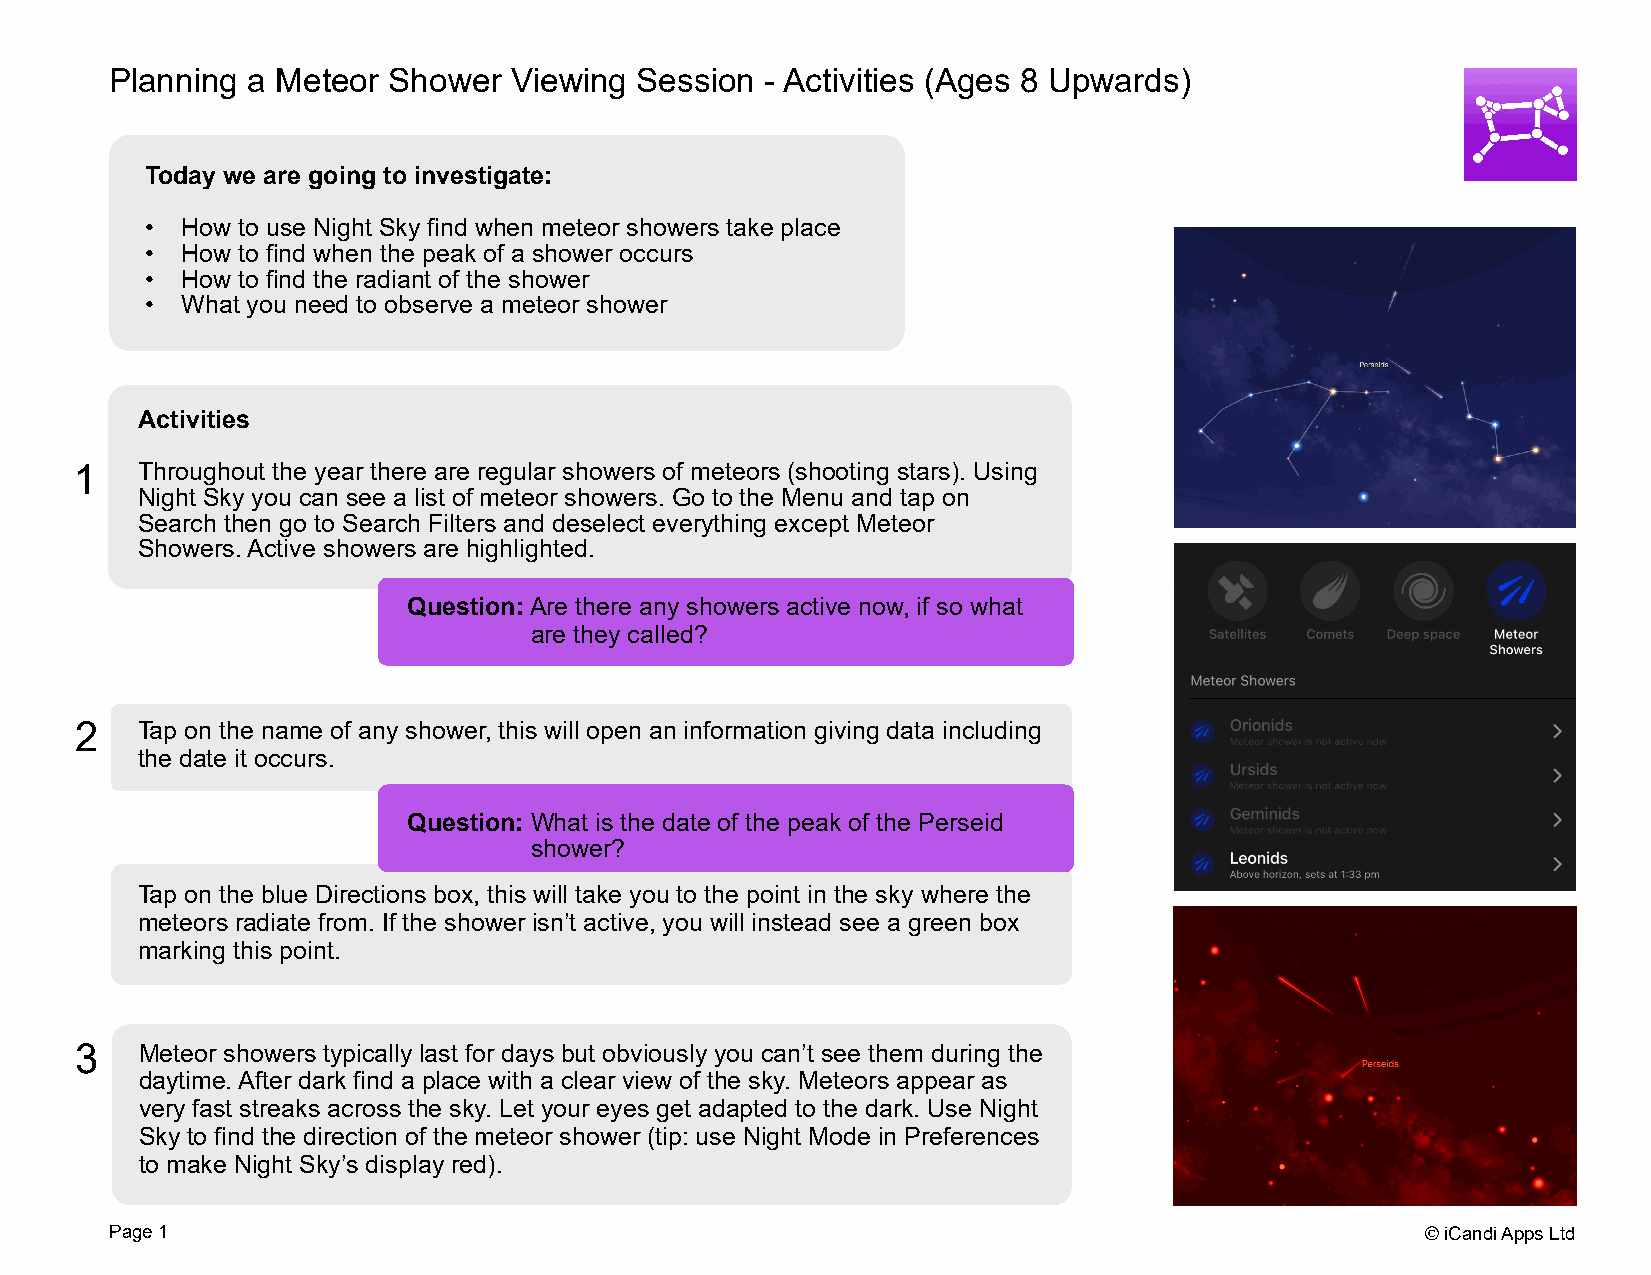
Planning a Meteor  Shower  Viewing Session  - Activities (Ages 8 Upwards)
 Today we are going to investigate:
 • How to use Night Sky find when meteor showers take place
 • How to find when the peak of a shower occurs
 • How to find the radiant of the shower
 • What you need to observe a meteor shower
 Activities
 1   Throughout the year there are regular showers of meteors (shooting stars). Using
 Night Sky you can see a list of meteor showers. Go to the Menu and tap on
 Search then go to Search Filters and deselect everything except Meteor
 Showers.Active showers are highlighted.
 Question:Are there any showers active now, if so what
 are they called?
 2   Tap on the name of any shower, this will open an information giving data including
 the date it occurs.
 Question: What is the date of the peak of the Perseid
 shower?
 Tap on the blue Directions box, this will take you to the point in the sky where the
 meteors radiate from. If the shower isn’t active, you will instead see a green box
 marking this point.
 3   Meteor showers typically last for days but obviously you can’t see them during the
 daytime.After dark find a place with a clear view of the sky. Meteors appear as
 very fast streaks across the sky. Let your eyes get adapted to the dark. Use Night
 Sky to find the direction of the meteor shower (tip: use Night Mode in Preferences
 to make Night Sky’s display red).
 Page1                                                                                  ©iCandiAppsLtd